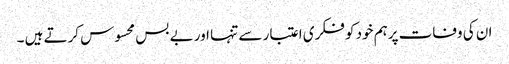
ان کی وفات پرہم خود کو فکری اعتبار سے تنہا اور بے بس محسوس کرتے ہیں ۔